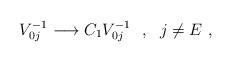
LaTeX: \begin{align*}V_{0j}^{-1}\longrightarrow C_1V_{0j}^{-1}\ \ ,\ \ j\neq E\ ,\end{align*}